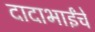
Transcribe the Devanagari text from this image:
दादाभाईंचे